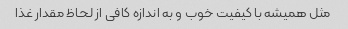
مثل همیشه با کیفیت خوب و به اندازه کافی از لحاظ مقدار غذا